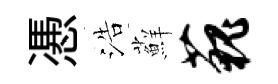
慿浩蘚藐